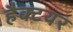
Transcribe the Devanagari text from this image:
हैक्टयर